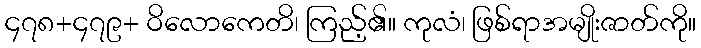
၄၇၈+၄၇၉+ ဝိလောကေတိ၊ ကြည့်၏။ ကုလံ၊ ဖြစ်ရာအမျိုးဇာတ်ကို။